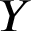
Y